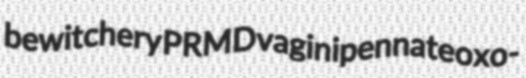
bewitchery PRMD vaginipennate oxo-